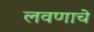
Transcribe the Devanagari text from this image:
लवणाचे